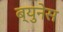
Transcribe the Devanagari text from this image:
ब्युनेस